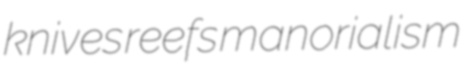
knives reefs manorialism